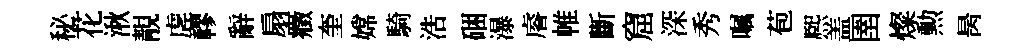
秘花湫靚虗轇辭扇癥奎嫦騎浩硱瀑𥈠帷斷窟深秀嘱苞熈盖圉燦勲昺